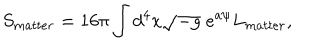
S _ { m a t t e r } = 1 6 \pi \int d ^ { 4 } x \sqrt { - g } \; e ^ { a \psi } L _ { m a t t e r } ,